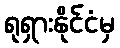
ရုရှားနိုင်ငံမှ